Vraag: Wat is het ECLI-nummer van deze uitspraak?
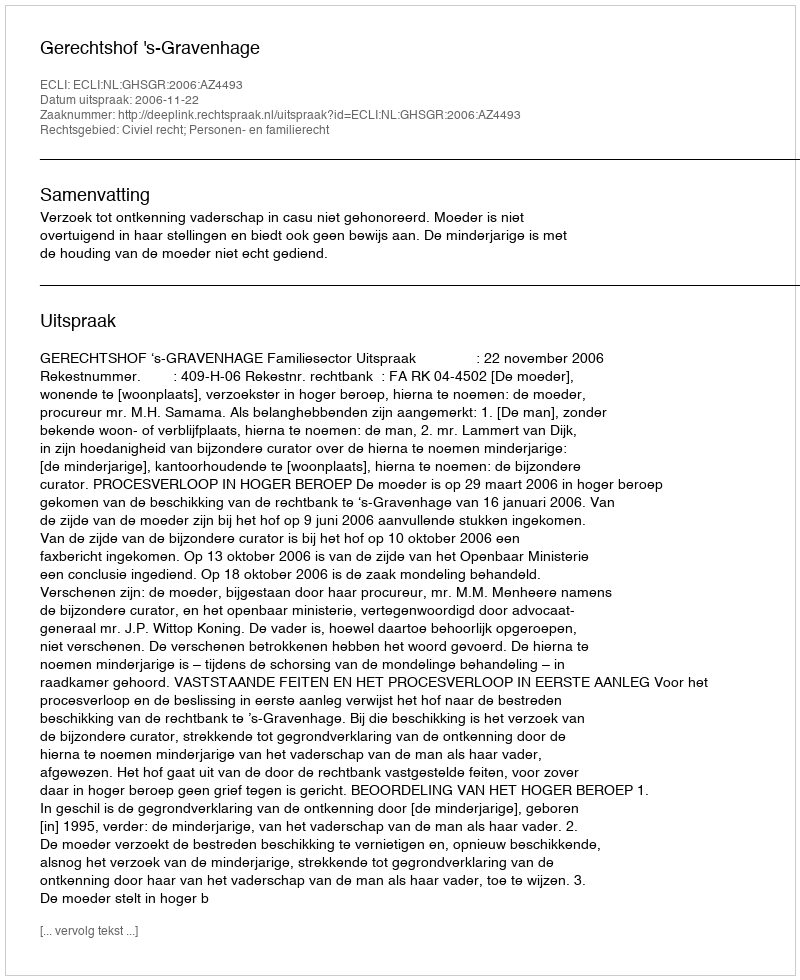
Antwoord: ECLI:NL:GHSGR:2006:AZ4493